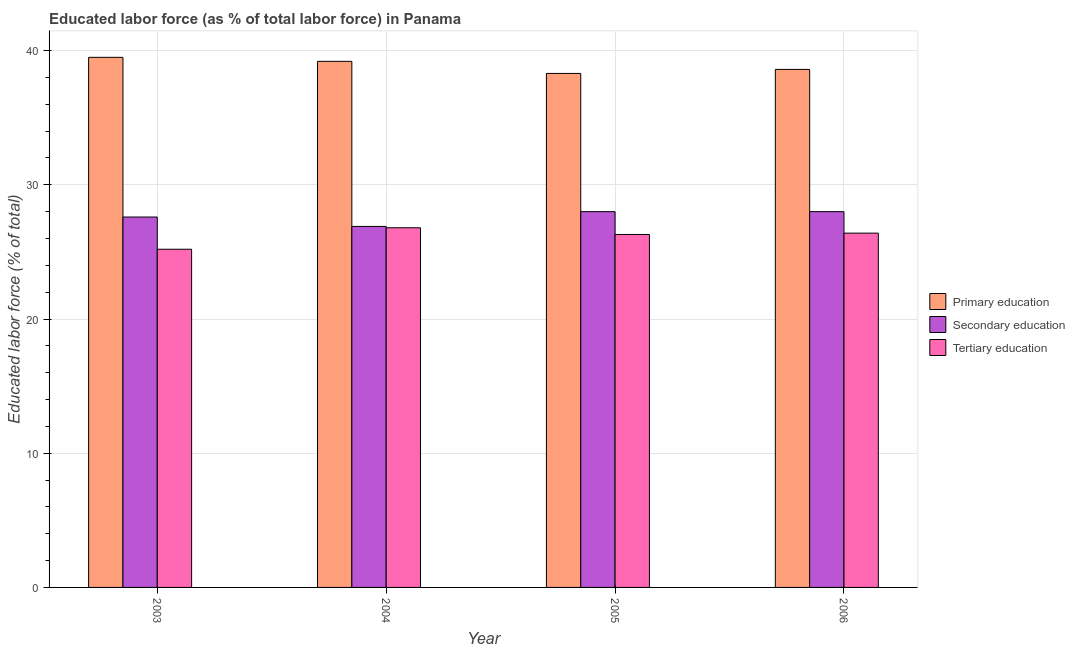
| Year | Primary education | Secondary education | Tertiary education |
 | --- | --- | --- | --- |
 | 2003 | 39.5 | 27.6 | 25.2 |
 | 2004 | 39.2 | 26.9 | 26.8 |
 | 2005 | 38.3 | 28 | 26.3 |
 | 2006 | 38.6 | 28 | 26.4 |